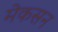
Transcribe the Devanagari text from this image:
मेकसन